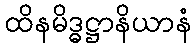
ထိနမိဒ္ဓဋ္ဌာနိယာနံ